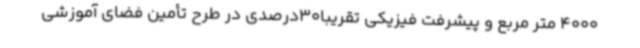
4000 متر مربع و پیشرفت فیزیکی تقریبا30درصدی در طرح تأمین فضای آموزشی